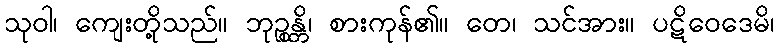
သုဝါ၊ ကျေးတို့သည်။ ဘုဉ္စန္တိ၊ စားကုန်၏။ တေ၊ သင်အား။ ပဋိဝေဒေမိ၊